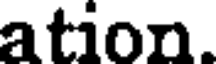
ation.